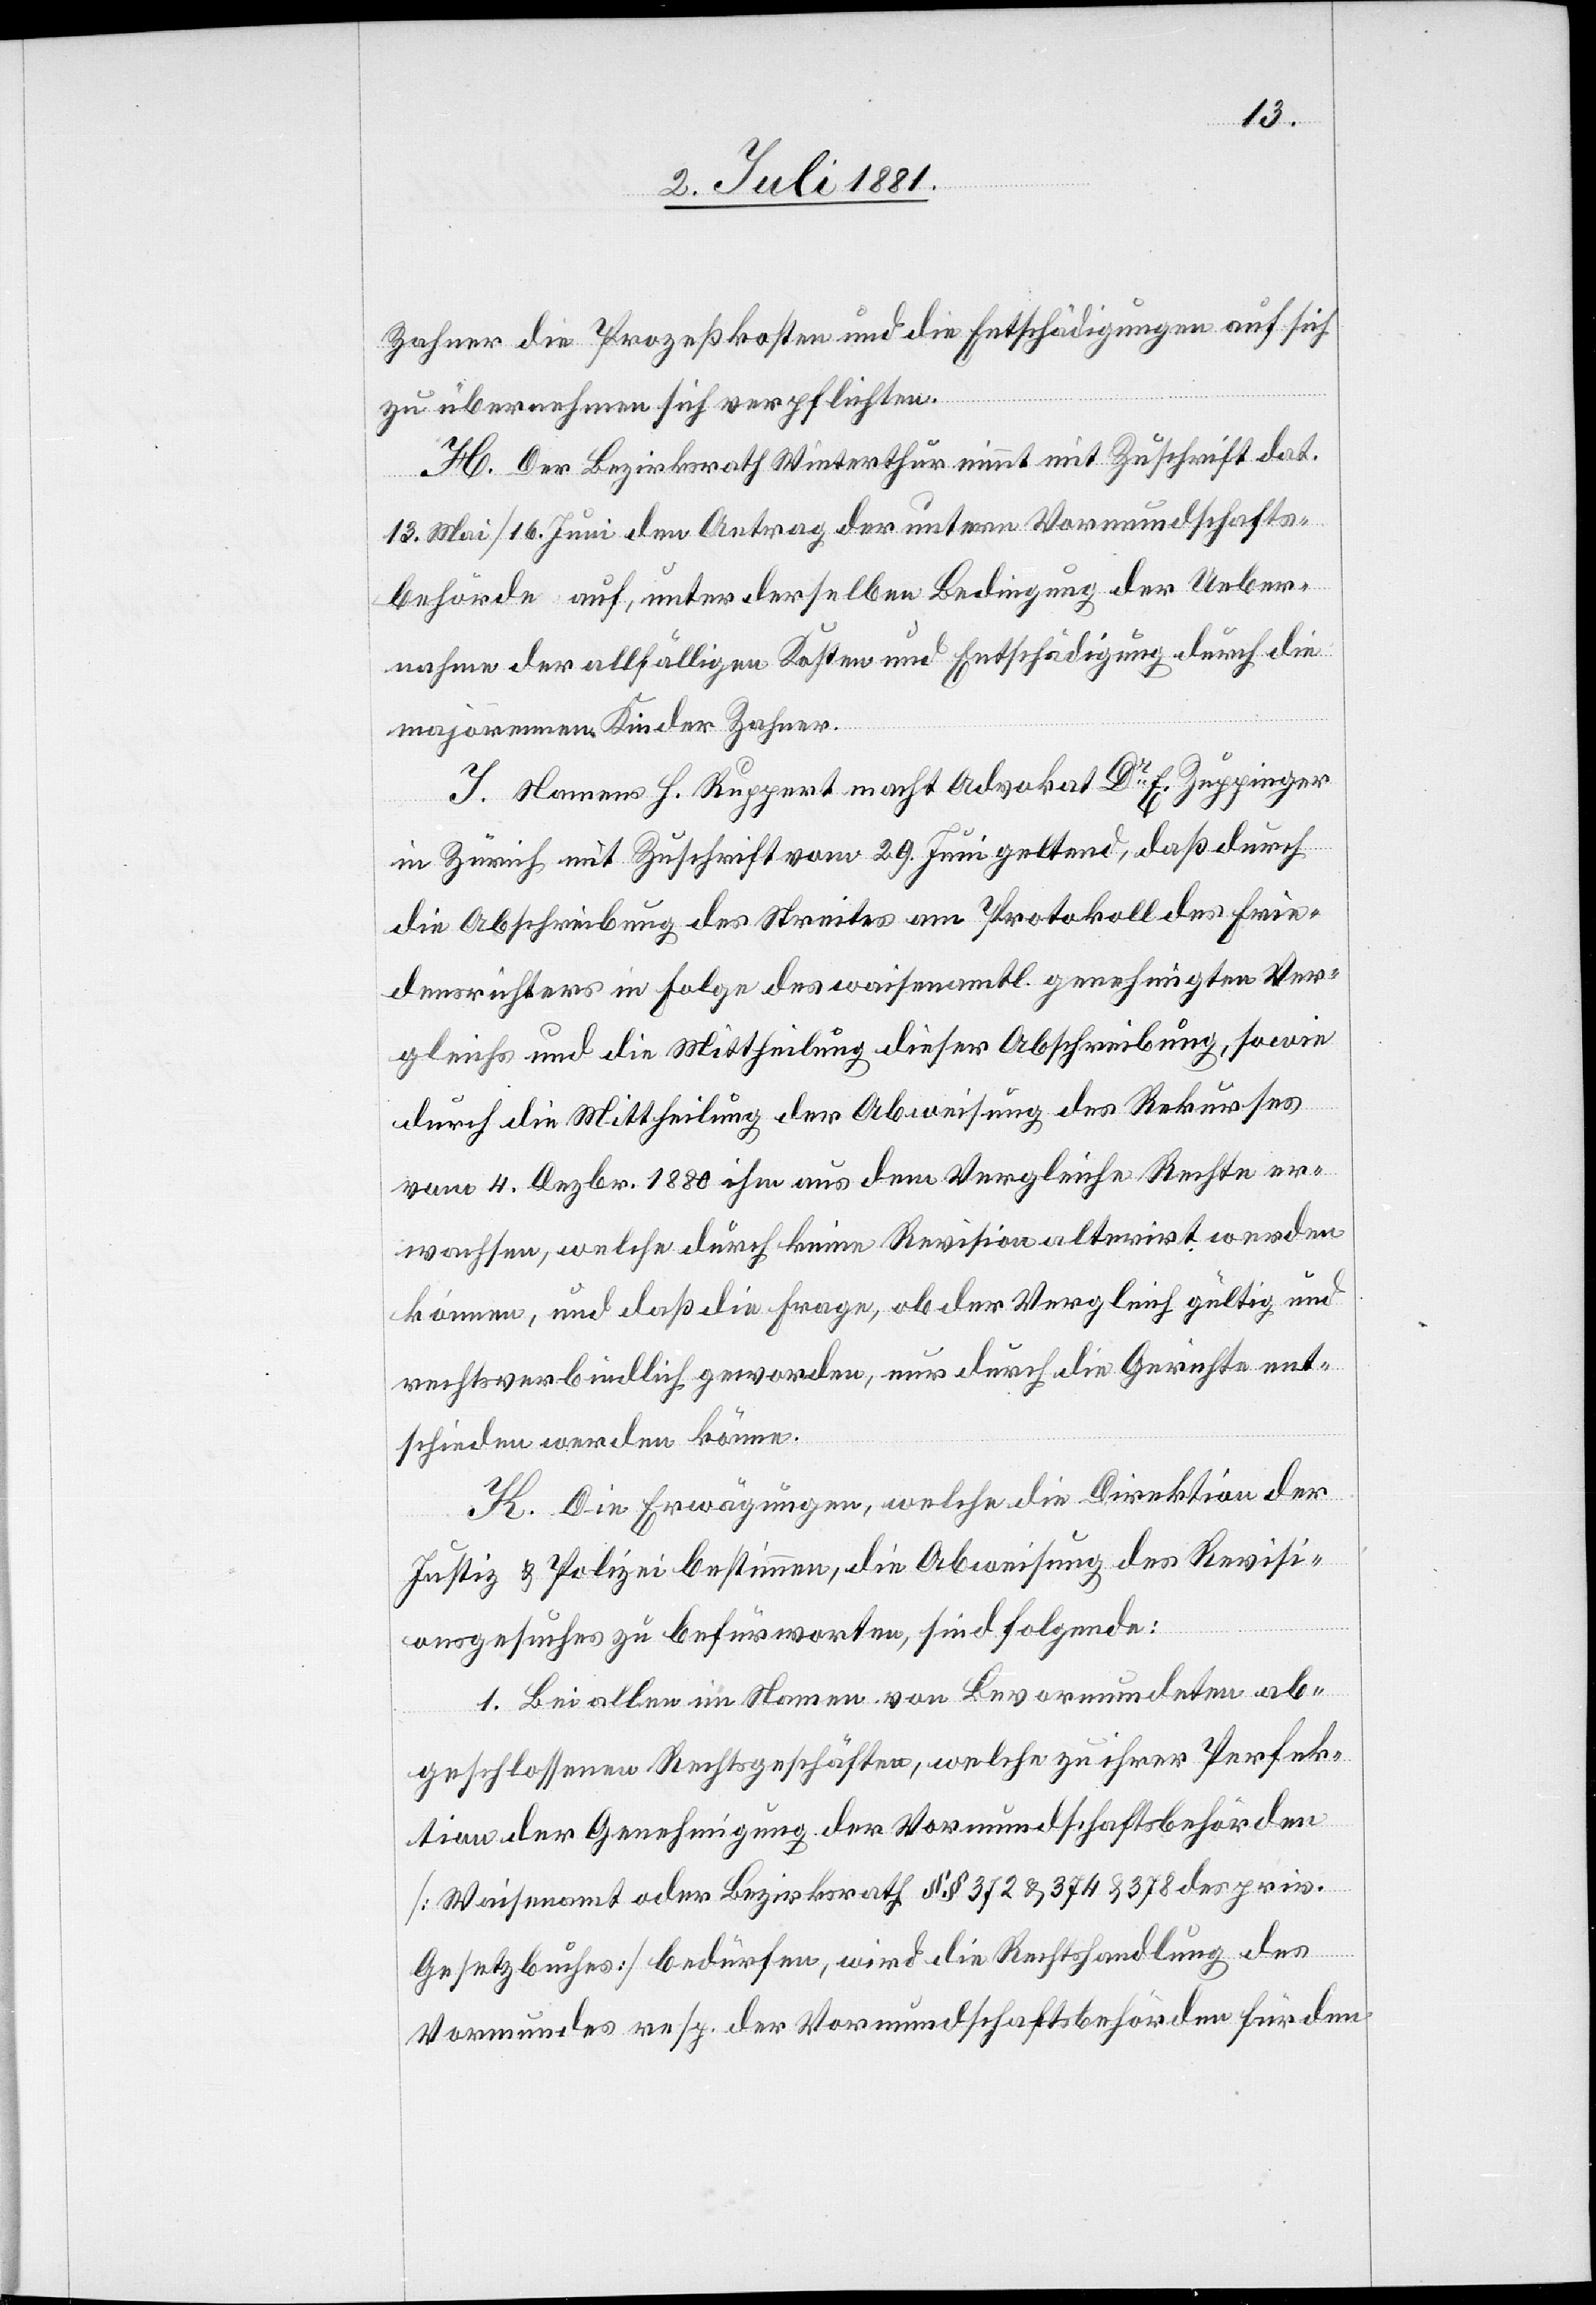
Zahner die Prozeßkosten und die Entschädigungen auf sich
zu übernehmen sich verpflichten.
H. Der Bezirksrath Winterthur nimmt mit Zuschrift dat.
13. Mai/16. Juni den Antrag der untern Vormundschafts¬
behörde auf, unter derselben Bedingung der Ueber¬
nahme der allfälligen Kosten und Entschädigung durch die
majorennen Kinder Zahner.
I. Namens H. [sic!] Ruppert macht Advokat Dr E. Zuppinger
in Zürich mit Zuschrift vom 29. Juni geltend, daß durch
die Abschreibung des Streites am Protokoll des Frie¬
densrichters in Folge des waisenamtl. genehmigten Ver¬
gleichs und die Mittheilung dieser Abschreibung, sowie
durch die Mittheilung der Abweisung des Rekuses
vom 4. Dezbr. 1880 ihm aus dem Vergleiche Rechte er¬
wachsen, welche durch keine Revision alterirt werden
können, und daß die Frage, ob der Vergleich gültig und
rechtsverbindlich geworden, nur durch die Gerichte ent¬
schieden werden könne.
K. Die Erwägungen, welche die Direktion der
Justiz & Polizei bestimmen, die Abweisung des Revisi¬
onsgesuches zu befürworten, sind folgende:
1. Bei allen im Namen von Bevormundeten ab¬
geschlossenen Rechtsgeschäften, welche zu ihrer Perfek¬
tion der Genehmigung der Vormundschaftsbehörden
[Waisenamt oder Bezirksrath §§ 372 & 374 & 378 des priv.
Gesetzbuches] bedürfen, wird die Rechtshandlung des
Vormundes resp. der Vormundschaftsbehörde für den